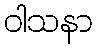
ဝါသနာ